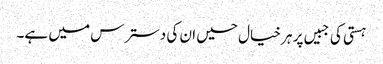
ہستی کی جبیں پر ہر خیال حسیں ان کی دسترس میں ہے۔